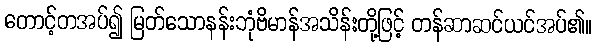
တောင့်တအပ်၍ မြတ်သောနန်းဘုံဗိမာန်အသိန်းတို့ဖြင့် တန်ဆာဆင်ယင်အပ်၏။